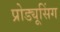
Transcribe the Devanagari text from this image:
प्रोड्यूसिंग